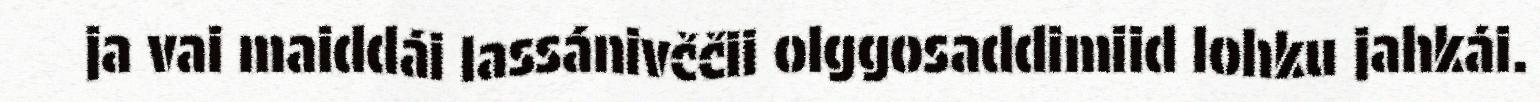
ja vai maiddái lassánivččii olggosaddimiid lohku jahkái.